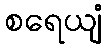
စရေယျံ